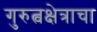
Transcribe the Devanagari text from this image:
गुरुत्वक्षेत्राचा